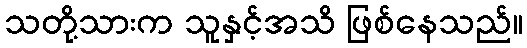
သတို့သားက သူနှင့်အသိ ဖြစ်နေသည်။